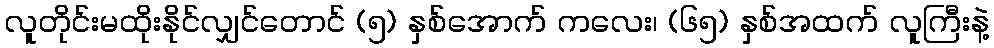
လူတိုင်းမထိုးနိုင်လျှင်တောင် (၅) နှစ်အောက် ကလေး၊ (၆၅) နှစ်အထက် လူကြီးနဲ့